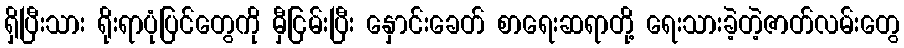
ရှိပြီးသား ရိုးရာပုံပြင်တွေကို မှီငြမ်းပြီး နှောင်းခေတ် စာရေးဆရာတို့ ရေးသားခဲ့တဲ့ဇာတ်လမ်းတွေ